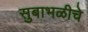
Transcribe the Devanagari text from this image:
सुबाभळीचे